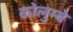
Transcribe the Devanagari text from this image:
कोलुम्बे